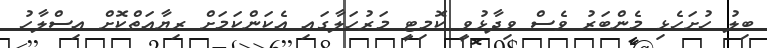
ބިލު ހުށަހެޅި މެންބަރު ވެސް ވިދާޅުވީ ކޮމިޓީ މަރުހަލާގައި އެކަންކަމަށް ރިޔާއަތްކޮށް އިސްލާހު